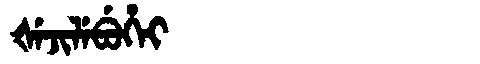
Manchu: ᡧᡝᠵᡳᠯᡝᠪᡠᡥᡝᡳ
Romanization: ŠEJILEBUHEI